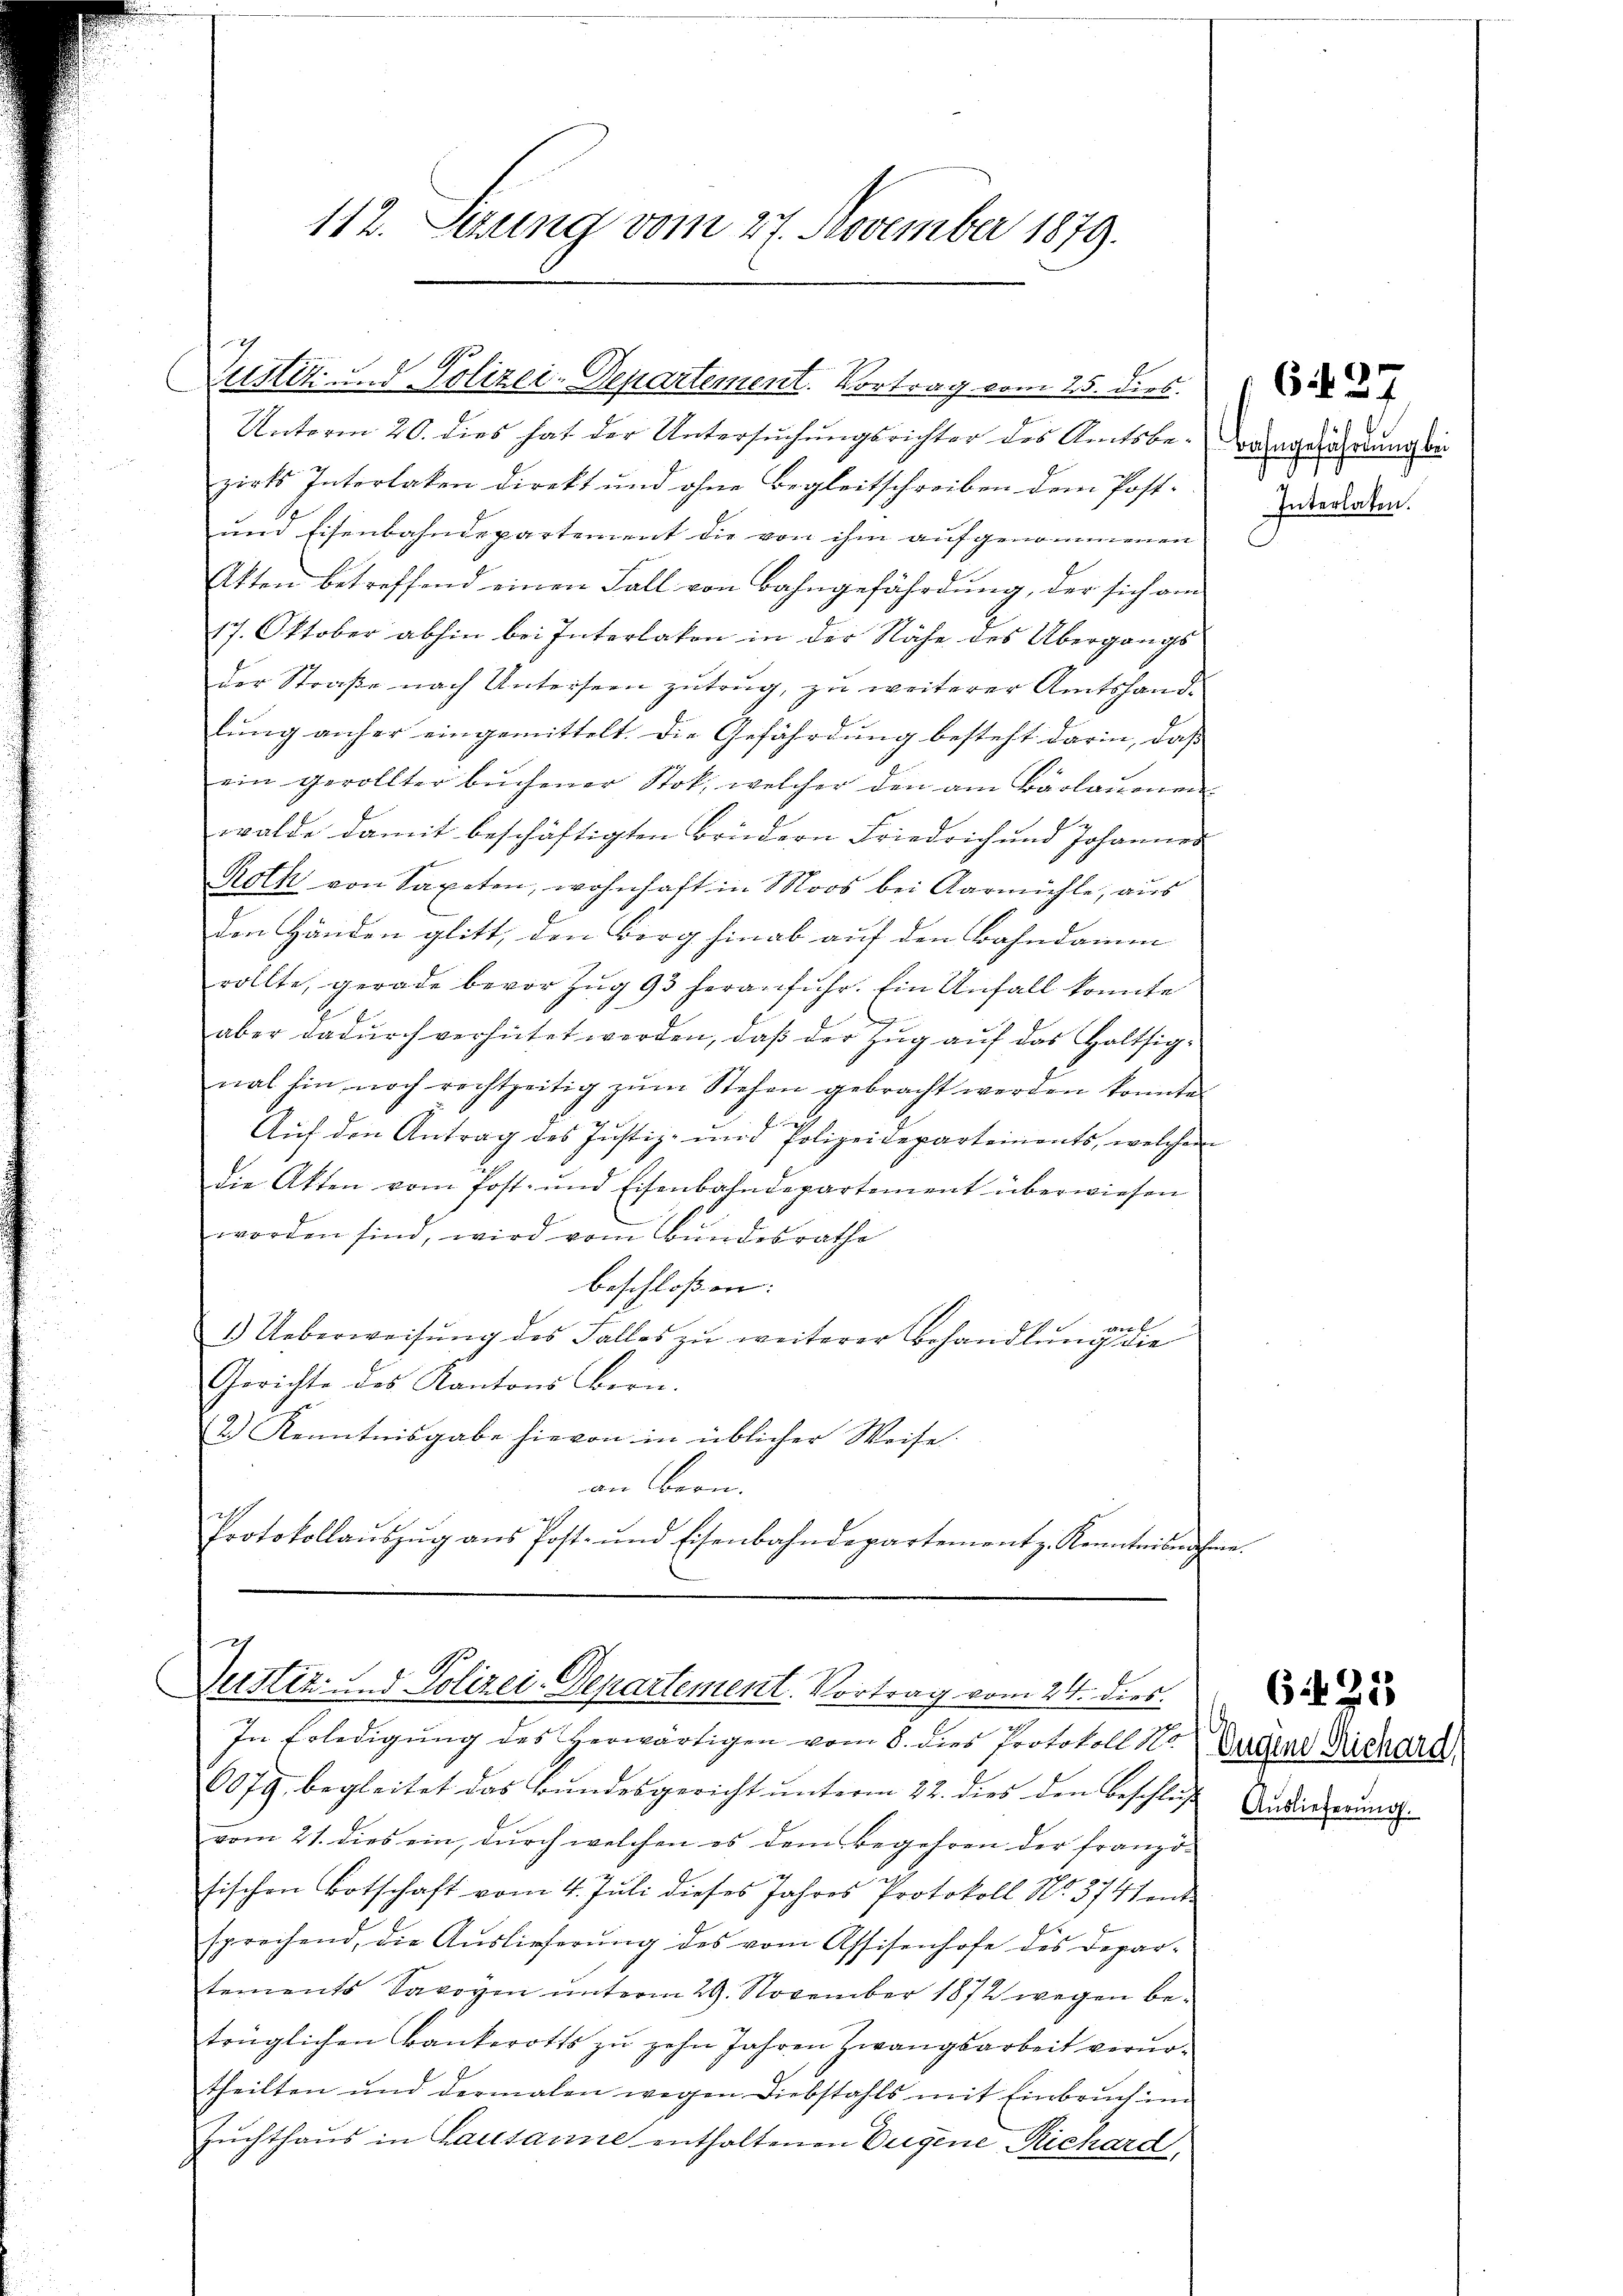
Unterm 20. dies hat der Untersuchungsrichter des Amtsbe-Bangerührung bin
zirks Interlaken direkt und ohne Begleitschreiben dem Post-
und Eisenbahndepartement die von ihm aufgenommenen
Akten betreffend einen Fall von Bahngefährdung, der sich am
17. Oktober abhin bei Interlaken in der Nähe des Übergangs
der Straße nach Unterseen zutrug, zu weiterer Amtshandtung anher eingemittelt. Die Gefährdung besteht darin, daß
ein gerollter Bŭchener Stok, welcher den am Barlaŭenen
walde damit beschäftigten Brüdern Friedrich und Johannes
Roth von Sapeten, wohnhaft in Moos bei Aarmühle, aus
den Händen glitt, den Berg hinab auf den Bahndamm
rollte, gerade bevor Zŭg 93 heranfuhr. Ein Unfall konnte
aber dadŭrch verhütet werden, daß der Zug auf das Haltsignal hin noch rechtzeitig zŭm Stehen gebracht werden konnte.
b
Auf den Antrag des Justiz- und Polizeidepartements, welchem
die Akten vom Post- und Eisenbahndepartement überwiesen
worden sind, wird vom Bundesrathe
beschloßen:
e
1.) Ueberweisung des Falles zu weiterer Behandlung die
Gerichte des Kantons Bern.
2.) Kenntnisgabe hievon in üblicher Weise.
an Bern.
Protokollaŭszŭg ans Post- und Eisenbahndepartement z. Kenntnisnahme.

112. Sizung vom 27. November 1879.

Justiz- und Polizei-Departement. Vortrag vom 25. dies

In Erledigung des herwärtigen vom 8. dies Protokoll No Jugend Richara
6079 begleitet das Bŭndesgericht ŭnterm 22. dies den beschlŭβ Audierung.
vom 21. dies ein, durch welchen es dem Begehren der franzö-
sischen Botschaft vom 4. Juli dieses Jahres Protokoll No. 374 sent
sprechend, die Auslieferung des vom Assisenhofe des Depar-
tements Savoyen ŭnterm 29. November 1872 wegen be-
träglichen Bankerotts zu zehn Jahren Zwangsarbeit verurtheilten und dermalen wegen Diebstahls mit Einbrŭch im
Zuchthaus in Lausanne enthaltenen Eugene Richard,

Justiz- und Polizei-Departement. Vortrag vom 24. dies

627
Interlaßen.

625